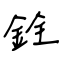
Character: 銓